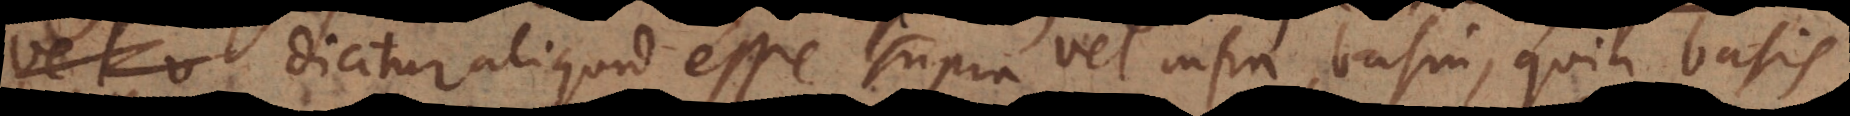
dicitur aliquid esse supra vel infra basin, quia basis